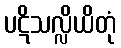
ပဋိသလ္လိယိတုံ